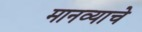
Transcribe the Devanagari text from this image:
मानव्याचे